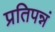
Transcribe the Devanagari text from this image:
प्रतिपन्नं